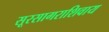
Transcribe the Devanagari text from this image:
सूरसागराशिवाय